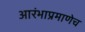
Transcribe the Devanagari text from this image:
आरंभाप्रमाणेच